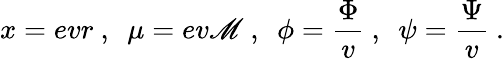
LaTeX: x=evr\ ,\ \ \mu=ev\mathscr{M}\ ,\ \ \phi=\frac{{\Phi}}{{v}}\ ,\ \ \psi=\frac{{\Psi}}{{v}}\ .